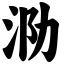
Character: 泐